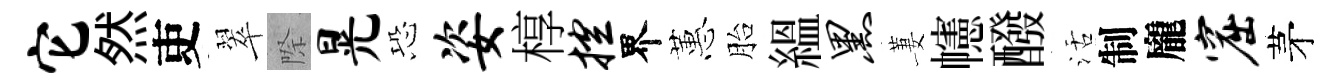
它然吏翠際晃恐姿椁控界蕙胎緼黑萋幰醱活制龐窟茅